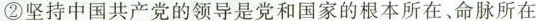
②坚持中国共产党的领导是党和国家的根本所在、命脉所在